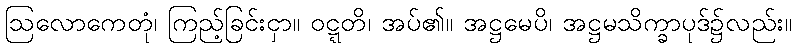
ဩလောကေတုံ၊ ကြည့်ခြင်းငှာ။ ဝဋ္ဋတိ၊ အပ်၏။ အဋ္ဌမေပိ၊ အဋ္ဌမသိက္ခာပုဒ်၌လည်း။